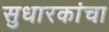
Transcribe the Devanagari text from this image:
सुधारकांचा